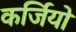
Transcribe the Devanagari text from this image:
कर्जियो